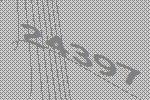
24397